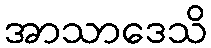
အာသာဒေသိ